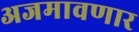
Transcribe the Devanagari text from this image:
अजमावणार